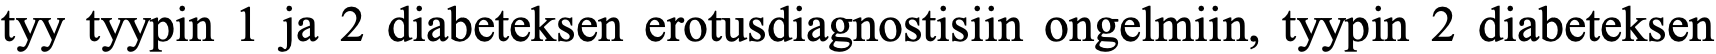
tyy tyypin 1 ja 2 diabeteksen erotusdiagnostisiin ongelmiin, tyypin 2 diabeteksen